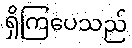
ရှိကြပေသည်